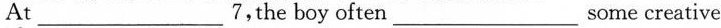
At ___ 7，the boy often ___ some creativeideas。